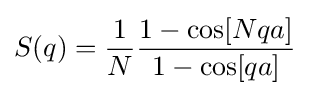
S(q)={\frac {1}{N}}{\frac {1-\cos[Nqa]}{1-\cos[qa]}}